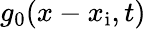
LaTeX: g_{0}(x-x_{\mathrm{i}},t)